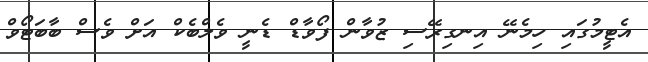
އެޓީމުގައި ހިމެނޭ އިނގިރޭސި ޒުވާން ފޯވާޑް ޑެނީ ވެލްބެކް އަށް ވެސް ބާބަޓޯވް